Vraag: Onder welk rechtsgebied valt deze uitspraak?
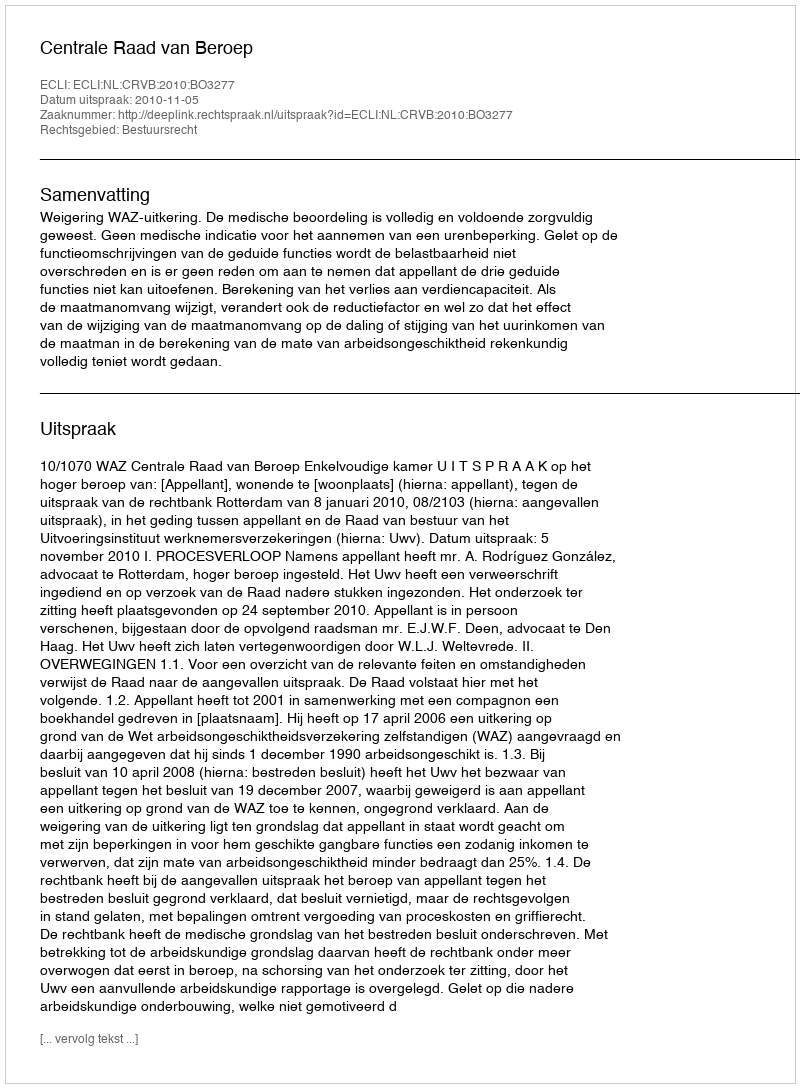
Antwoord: Bestuursrecht